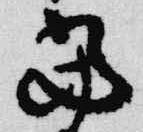
当